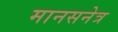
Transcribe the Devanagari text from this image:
मानसनेत्र